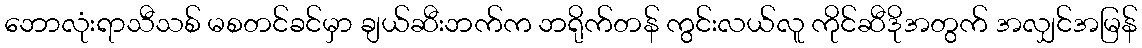
ဘောလုံးရာသီသစ် မစတင်ခင်မှာ ချယ်ဆီးဘက်က ဘရိုက်တန် ကွင်းလယ်လူ ကိုင်ဆီဒိုအတွက် အလျှင်အမြန်